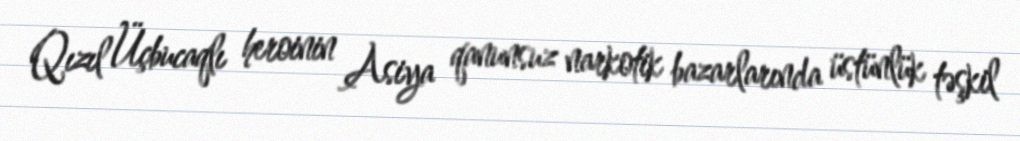
Qızıl Üçbucaqlı heroinin Asiya qanunsuz narkotik bazarlarında üstünlük təşkil